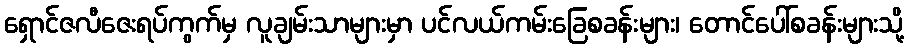
ရှောင်ဇလီဇေးရပ်ကွက်မှ လူချမ်းသာများမှာ ပင်လယ်ကမ်းခြေစခန်းများ၊ တောင်ပေါ်စခန်းများသို့